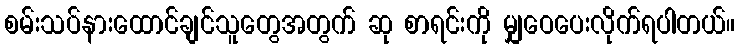
စမ်းသပ်နားထောင်ချင်သူတွေအတွက် ဆု စာရင်းကို မျှဝေပေးလိုက်ရပါတယ်။